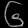
Digit: ၆